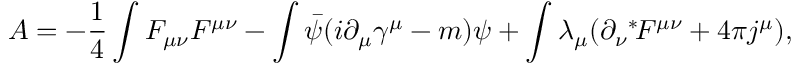
{ \cal A } = - \frac { 1 } { 4 } \int F _ { \mu \nu } F ^ { \mu \nu } - \int \bar { \psi } ( i \partial _ { \mu } \gamma ^ { \mu } - m ) \psi + \int \lambda _ { \mu } ( \partial _ { \nu } \mathrm { } ^ { * } \! F ^ { \mu \nu } + 4 \pi j ^ { \mu } ) ,